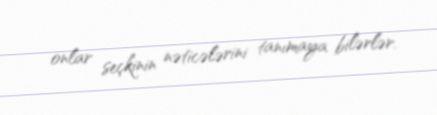
onlar seçkinin nəticələrini tanımaya bilərlər.